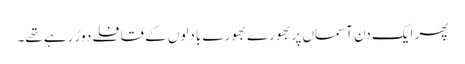
پھر ایک دن آسماں پر بھورے بھورے بادلوں کے قافلے دوڑ رہے تھے۔